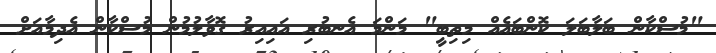
"މުސްކާން ބަލާބަލަ ކޮންބައެއް މިތިބީ" މަންމަ އެނބުރި އައިއިރު ގޮވާލުމުން މުސްކާން އެދިމާއަށް